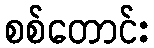
စစ်တောင်း